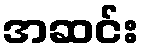
အဆင်း